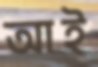
আই